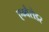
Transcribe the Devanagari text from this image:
एम्बैसेडर